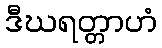
ဒီဃရတ္တာဟံ